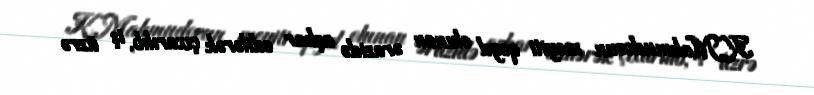
K.Mahmudovun meyiti qeyd olunan ərazidə aşkar edilərək çıxarılıb, iş üzrə